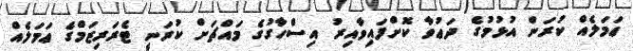
ޢަމަލެއް ކުރަން އުޅުމުގެ ދަޢުވާ ކޮށްފައިވާއިރު އިސްހާގުގެ މައްޗަށް ކުރަނީ ޓެރަރިޒަމްގެ ޢަމަލެއް